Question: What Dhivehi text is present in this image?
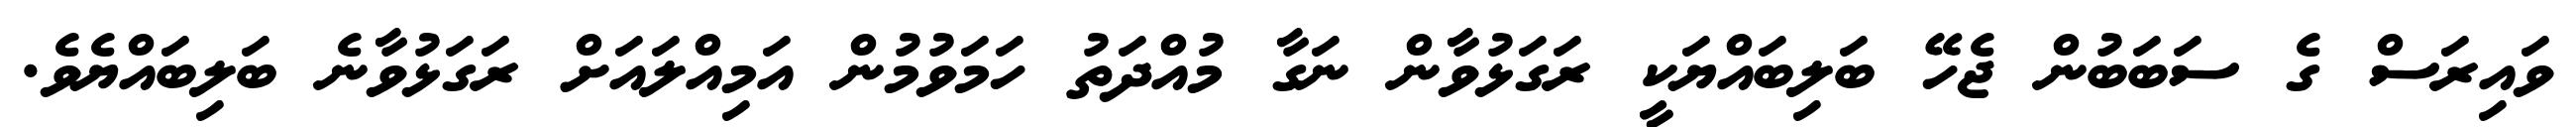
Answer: ވައިރަސް ގެ ސަބަބުން ޖެހޭ ބަލިބައްޔަކީ ރަގަޅުވާން ނަގާ މުއްދަތު ހަމަވުމުން އަމިއްލައަށް ރަގަޅުވާނެ ބަލިބައްޔެވެ.